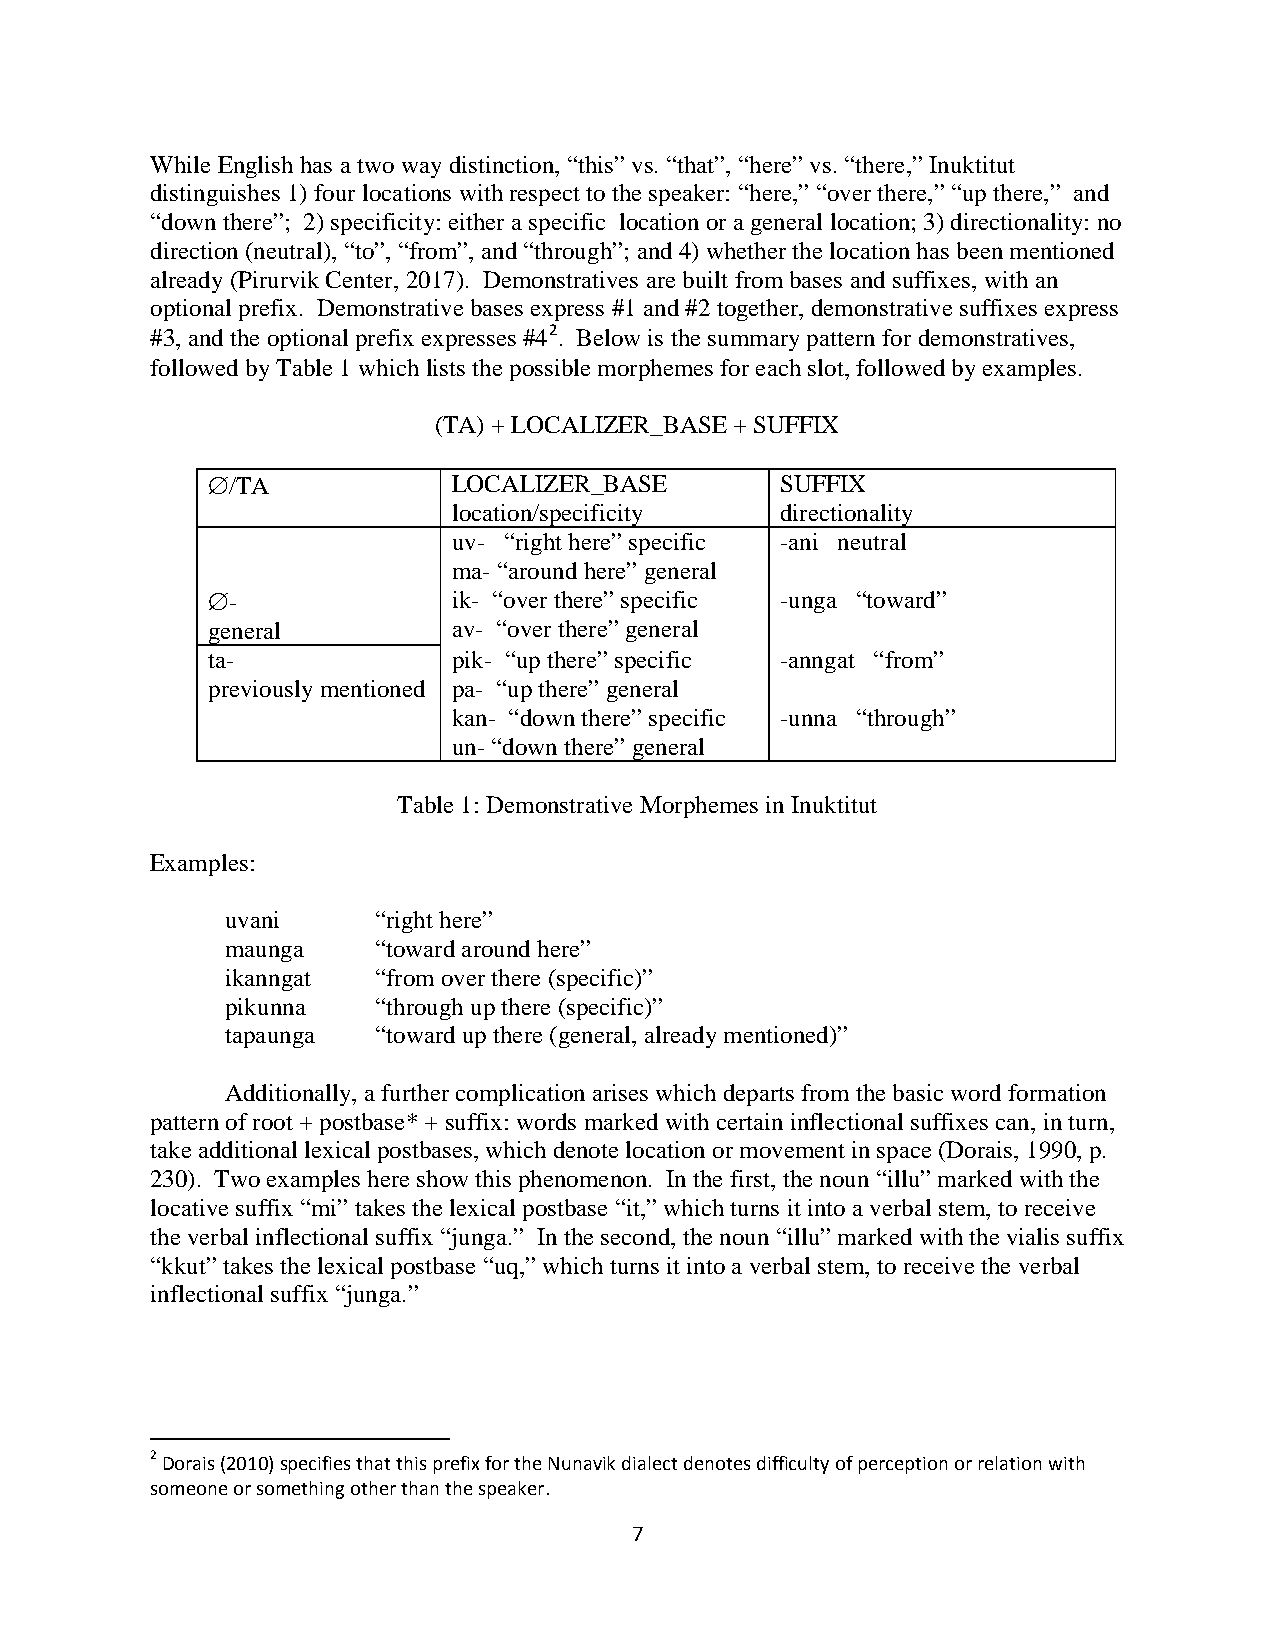
While English has a two way distinction, “this” vs. “that”, “here” vs. “there,” Inuktitut
 distinguishes 1) four locations with respect to the speaker: “here,” “over there,” “up there,” and
 “down there”; 2) specificity: either a specific location or a general location; 3) directionality: no
 direction (neutral), “to”, “from”, and “through”; and 4) whether the location has been mentioned
 already (Pirurvik Center, 2017). Demonstratives are built from bases and suffixes, with an
 optional prefix. Demonstrative bases express #1 and #2 together, demonstrative suffixes express
 #3, and the optional prefix expresses #42. Below is the summary pattern for demonstratives,
 followed by Table 1 which lists the possible morphemes for each slot, followed by examples.
 (TA) + LOCALIZER_BASE + SUFFIX
 ∅/TA            LOCALIZER_BASE        SUFFIX
 location/specificity  directionality
 uv- “right here” specific -ani neutral
 ma- “around here” general
 ∅-              ik- “over there” specific -unga “toward”
 general         av- “over there” general
 ta-             pik- “up there” specific -anngat “from”
 previously mentioned pa- “up there” general
 kan- “down there” specific -unna “through”
 un- “down there” general
 Table 1: Demonstrative Morphemes in Inuktitut
 Examples:
 uvani     “right here”
 maunga    “toward around here”
 ikanngat  “from over there (specific)”
 pikunna   “through up there (specific)”
 tapaunga  “toward up there (general, already mentioned)”
 Additionally, a further complication arises which departs from the basic word formation
 pattern of root + postbase* + suffix: words marked with certain inflectional suffixes can, in turn,
 take additional lexical postbases, which denote location or movement in space (Dorais, 1990, p.
 230). Two examples here show this phenomenon. In the first, the noun “illu” marked with the
 locative suffix “mi” takes the lexical postbase “it,” which turns it into a verbal stem, to receive
 the verbal inflectional suffix “junga.” In the second, the noun “illu” marked with the vialis suffix
 “kkut” takes the lexical postbase “uq,” which turns it into a verbal stem, to receive the verbal
 inflectional suffix “junga.”
 2 Dorais (2010) specifies that this prefix for the Nunavik dialect denotes difficulty of perception or relation with
 someone or something other than the speaker.
 7